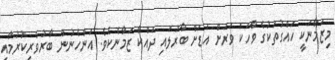
މިޒަމާނަކީ ހައްގުތަކުގެ ވާހަކަ ވަރަށް އަޑަށް ބާރުލައި ދައްކާ ޒަމާނެކެވެ. އަންހެނުން ބާރުވެރިކުރުމާއި